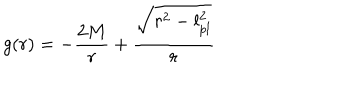
g ( r ) = - { \frac { 2 M } { r } } + { \frac { \sqrt { r ^ { 2 } - l _ { p l } ^ { 2 } } } { r } }